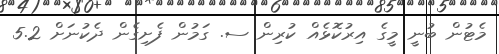
މެޓުން ބުނީ މީގެ އިރުކޮޅެއް ކުރިން ސ. ގަމުން ފެށިގެން ދެކުނަށް 5.2